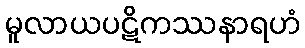
မူလာယပဋိကဿနာရဟံ